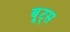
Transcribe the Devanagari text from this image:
बू्ट्स